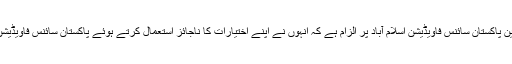
ڈاکٹر منظور حسین سومرو سابق چیئرمین پاکستان سائنس فاویڈیشن اسلام آباد پر الزام ہے کہ انہوں نے اپنے اختیارات کا ناجائز استعمال کرتے ہوئے پاکستان سائنس فاویڈیشن اسلام آباد میں غیر قانونی بھرتیاں کیں۔